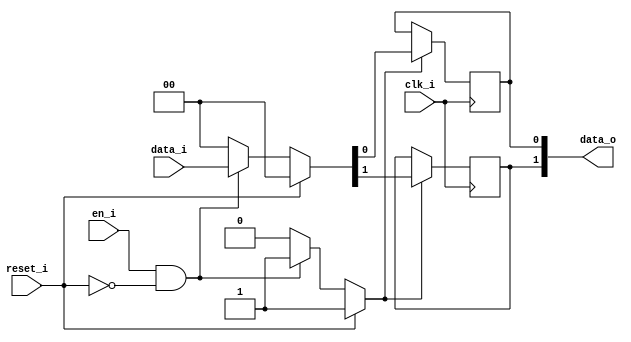
// This program was cloned from: https://github.com/NYU-MLDA/OpenABC
// License: BSD 3-Clause "New" or "Revised" License

module bsg_dff_reset_en_width_p2
(
  clk_i,
  reset_i,
  en_i,
  data_i,
  data_o
);

  input [1:0] data_i;
  output [1:0] data_o;
  input clk_i;
  input reset_i;
  input en_i;
  wire [1:0] data_o;
  wire N0,N1,N2,N3,N4,N5,N6,N7;
  reg data_o_1_sv2v_reg,data_o_0_sv2v_reg;
  assign data_o[1] = data_o_1_sv2v_reg;
  assign data_o[0] = data_o_0_sv2v_reg;

  always @(posedge clk_i) begin
    if(N3) begin
      data_o_1_sv2v_reg <= N5;
    end 
  end


  always @(posedge clk_i) begin
    if(N3) begin
      data_o_0_sv2v_reg <= N4;
    end 
  end

  assign N3 = (N0)? 1'b1 : 
              (N7)? 1'b1 : 
              (N2)? 1'b0 : 1'b0;
  assign N0 = reset_i;
  assign { N5, N4 } = (N0)? { 1'b0, 1'b0 } : 
                      (N7)? data_i : 1'b0;
  assign N1 = en_i | reset_i;
  assign N2 = ~N1;
  assign N6 = ~reset_i;
  assign N7 = en_i & N6;

endmodule